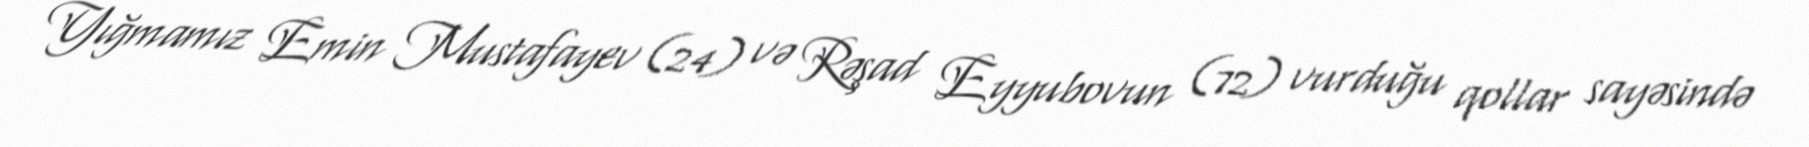
Yığmamız Emin Mustafayev (24) və Rəşad Eyyubovun (72) vurduğu qollar sayəsində